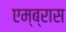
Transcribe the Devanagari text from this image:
एम्ब्रास